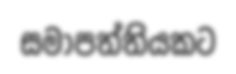
සමාපත්තියකට